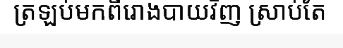
ត្រឡប់មកពីរោងបាយវិញ ស្រាប់តែ